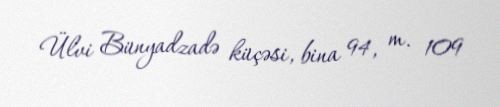
Ülvi Bünyadzadə küçəsi, bina 94, m. 109